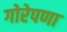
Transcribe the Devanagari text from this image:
गोरेपणा